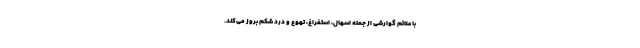
با علائم گوارشی از جمله اسهال، استفراغ، تهوع و درد شکم بروز می‌کند.